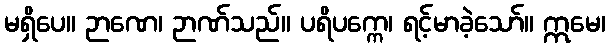
မရှိပေ။ ဉာဏေ၊ ဉာဏ်သည်။ ပရိပက္ကေ၊ ရင့်မာခဲ့သော်။ ဣမေ၊